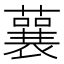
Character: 𧁁